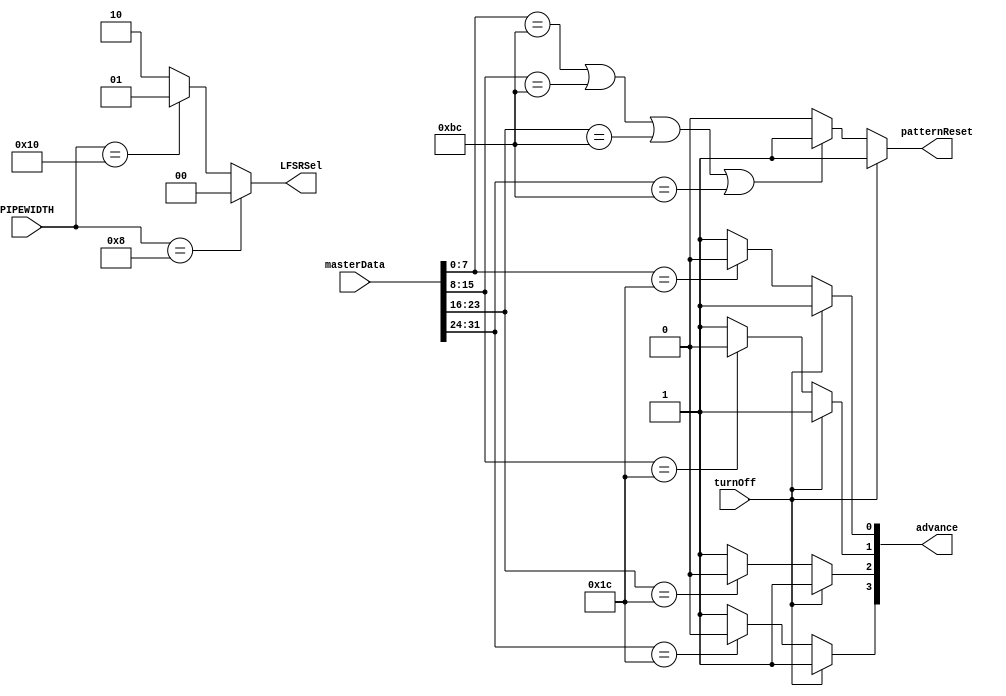
module Mastertx(input wire turnOff, input wire [5:0]PIPEWIDTH, input wire [31:0]masterData,
		output wire patternReset, output wire [1:0]LFSRSel, output wire [3:0]advance);

	//LSREnable is instead od regWrite but temporarly until now.

	localparam SKP = 28;
	localparam COM = 188;
	reg ptrnReset;
	reg [3:0]write;
	
	always@*
		if(turnOff)	//must be turned off by LTSSM to make sure that TS1&TS2 data doesn't get scrambled
			begin
			ptrnReset = 1;
			write = 4'hF;
			end
		else
			begin	
			write = 4'hF;
			ptrnReset = 0;
			if(masterData[7:0] == COM || masterData[15:8] == COM || masterData[23:16] == COM || masterData[31:24] == COM)
				ptrnReset = 1;
			if(masterData[7:0] == SKP)
				write[0] = 0; 
			if(masterData[15:8] == SKP)
				write[1] = 0;
			if(masterData[23:16] == SKP)
				write[2] = 0;
			if(masterData[31:24] == SKP)
				write[3] = 0;
			end

	assign LFSRSel = (PIPEWIDTH == 8)?	0 : 
					 (PIPEWIDTH == 16)?	1 : 2;
	assign advance = write;
	assign patternReset = ptrnReset;

endmodule